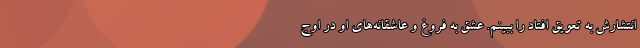
انتشارش به تعویق افتاد را ببینم. عشق به فروغ و عاشقانه‌های او در اوج